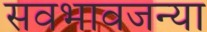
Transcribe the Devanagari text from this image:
सवभावजन्या